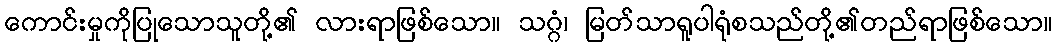
ကောင်းမှုကိုပြုသောသူတို့၏ လားရာဖြစ်သော။ သဂ္ဂံ၊ မြတ်သာရူပါရုံစသည်တို့၏တည်ရာဖြစ်သော။